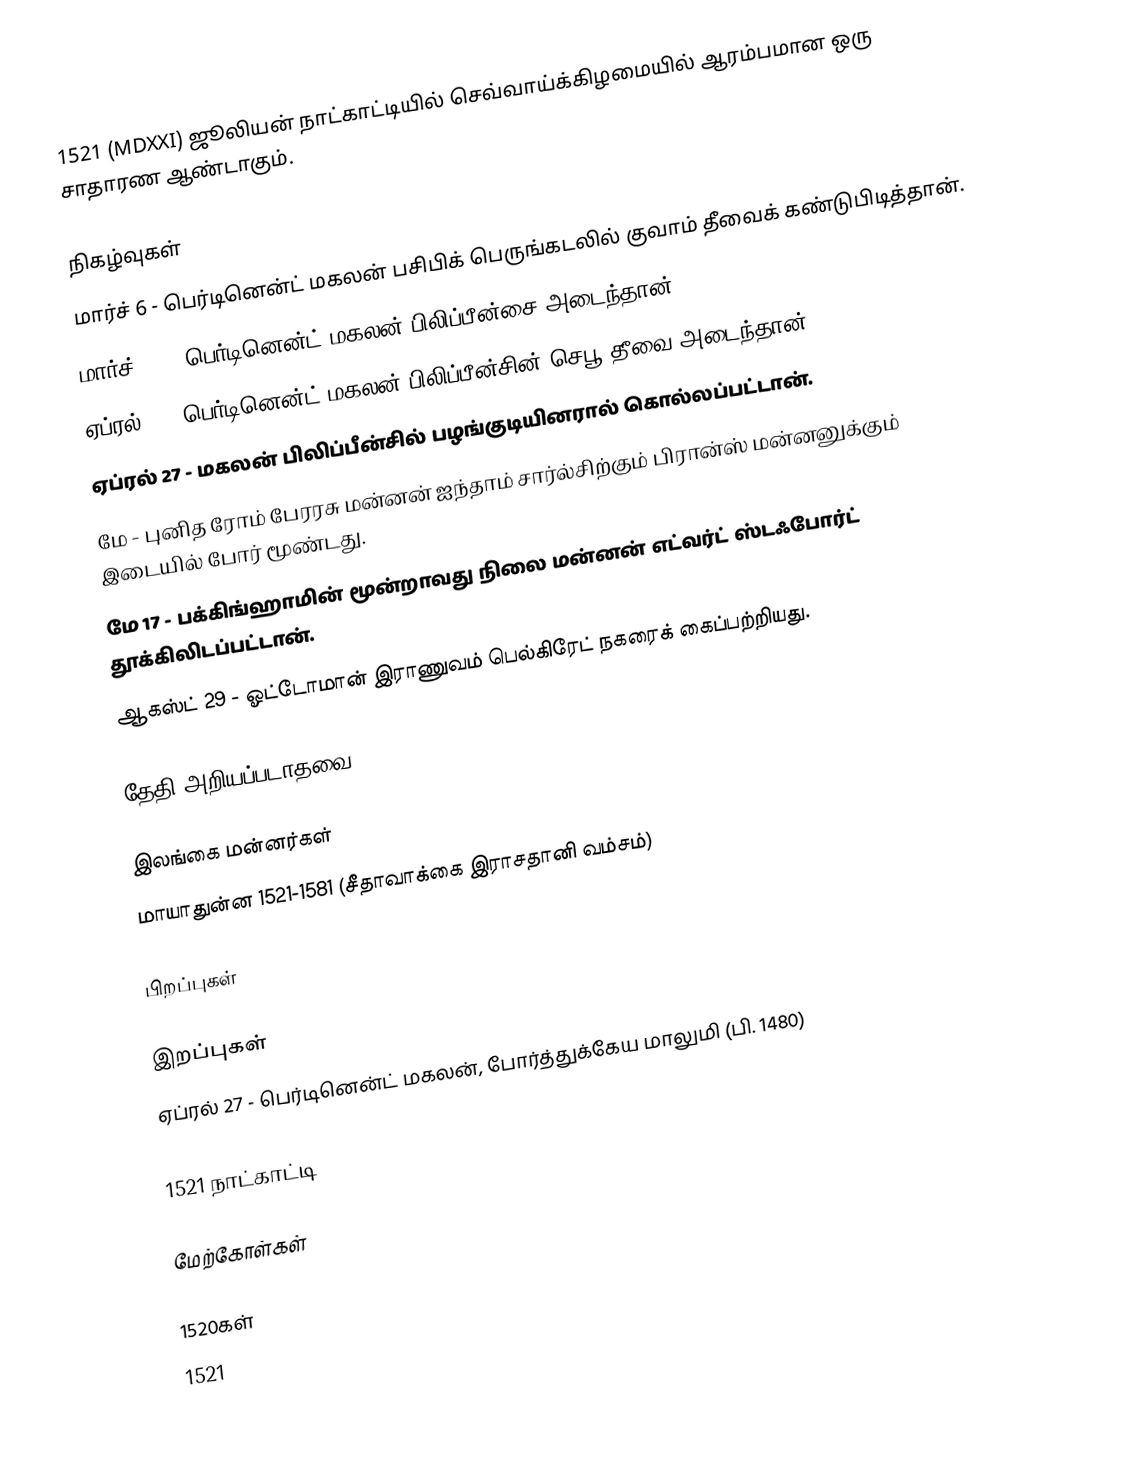
1521 (MDXXI) ஜூலியன் நாட்காட்டியில் செவ்வாய்க்கிழமையில் ஆரம்பமான ஒரு சாதாரண ஆண்டாகும்.

நிகழ்வுகள்
 மார்ச் 6 - பெர்டினென்ட் மகலன் பசிபிக் பெருங்கடலில் குவாம் தீவைக் கண்டுபிடித்தான்.
 மார்ச் 16 - பெர்டினென்ட் மகலன் பிலிப்பீன்சை அடைந்தான்.
 ஏப்ரல் 7 - பெர்டினென்ட் மகலன் பிலிப்பீன்சின் செபூ தீவை அடைந்தான்.
 ஏப்ரல் 27 - மகலன் பிலிப்பீன்சில் பழங்குடியினரால் கொல்லப்பட்டான்.
 மே - புனித ரோம் பேரரசு மன்னன் ஐந்தாம் சார்ல்சிற்கும் பிரான்ஸ் மன்னனுக்கும் இடையில் போர் மூண்டது.
மே 17 - பக்கிங்ஹாமின் மூன்றாவது நிலை மன்னன் எட்வர்ட் ஸ்டஃபோர்ட் தூக்கிலிடப்பட்டான்.
 ஆகஸ்ட் 29 - ஓட்டோமான் இராணுவம் பெல்கிரேட் நகரைக் கைப்பற்றியது.

தேதி அறியப்படாதவை

இலங்கை மன்னர்கள்
 மாயாதுன்ன 1521-1581 (சீதாவாக்கை இராசதானி வம்சம்)

பிறப்புகள்

இறப்புகள்
 ஏப்ரல் 27 - பெர்டினென்ட் மகலன், போர்த்துக்கேய மாலுமி (பி. 1480)

1521 நாட்காட்டி

மேற்கோள்கள்

1520கள்
1521